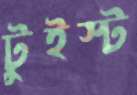
টুইস্ট